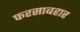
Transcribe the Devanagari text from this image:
फरसाबहार